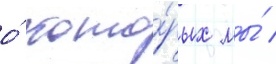
о́ кото́рых мы́ /